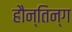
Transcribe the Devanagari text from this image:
हौन्तिन्ग